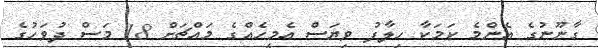
ގާނޫނުގެ އެންމެ ކަމަކާ ހިލާފު ވިޔަސް އެމީހެއްގެ މައްޗަށް 18 މަސް ދުވަހުގެ